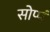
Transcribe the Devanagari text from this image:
सोप्पं